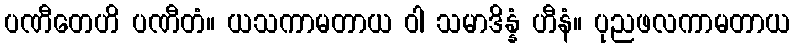
ပဏီတေဟိ ပဏီတံ။ ယသကာမတာယ ဝါ သမာဒိန္နံ ဟီနံ။ ပုညဖလကာမတာယ